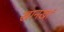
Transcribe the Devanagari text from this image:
खानखां